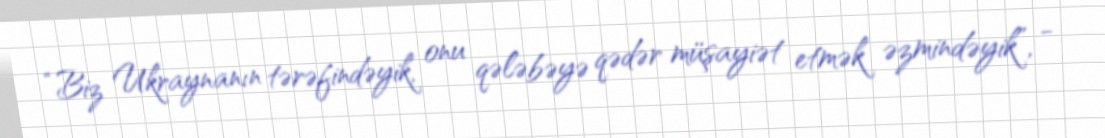
“Biz Ukraynanın tərəfindəyik, onu qələbəyə qədər müşayiət etmək əzmindəyik”, -